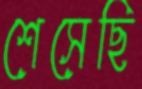
শেসেছি